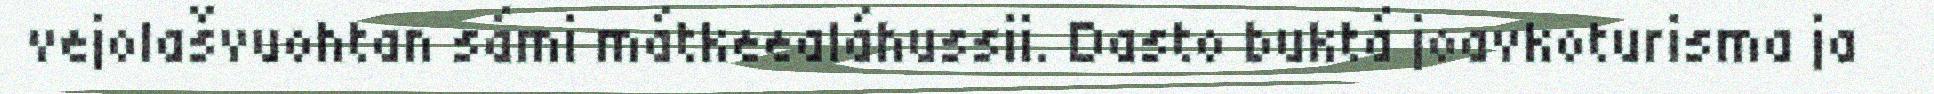
vejolašvuohtan sámi mátkeealáhussii. Dasto buktá joavkoturisma ja